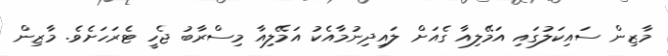
މާޒިން ސައިކަލުގައި އަމޭލިއާ ގެއަށް ލައިދިނުމާއެކު އަމޭލިއާ މިސްރާބު ޖެހީ ޓެރަހަށެވެ. މާޒިން